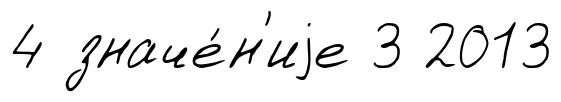
4 значе́н'иjе 3 2013